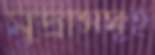
মুদ্রাসমূহ